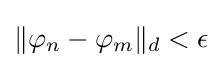
\|\varphi _{n}-\varphi _{m}\|_{d}<\epsilon